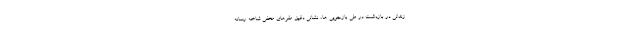
زندانی در بازداشت در طی بازجویی ها، نشانی دقیق مقرهای مخفی شاخه رسانه